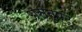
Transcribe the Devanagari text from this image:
असंतुष्ट्